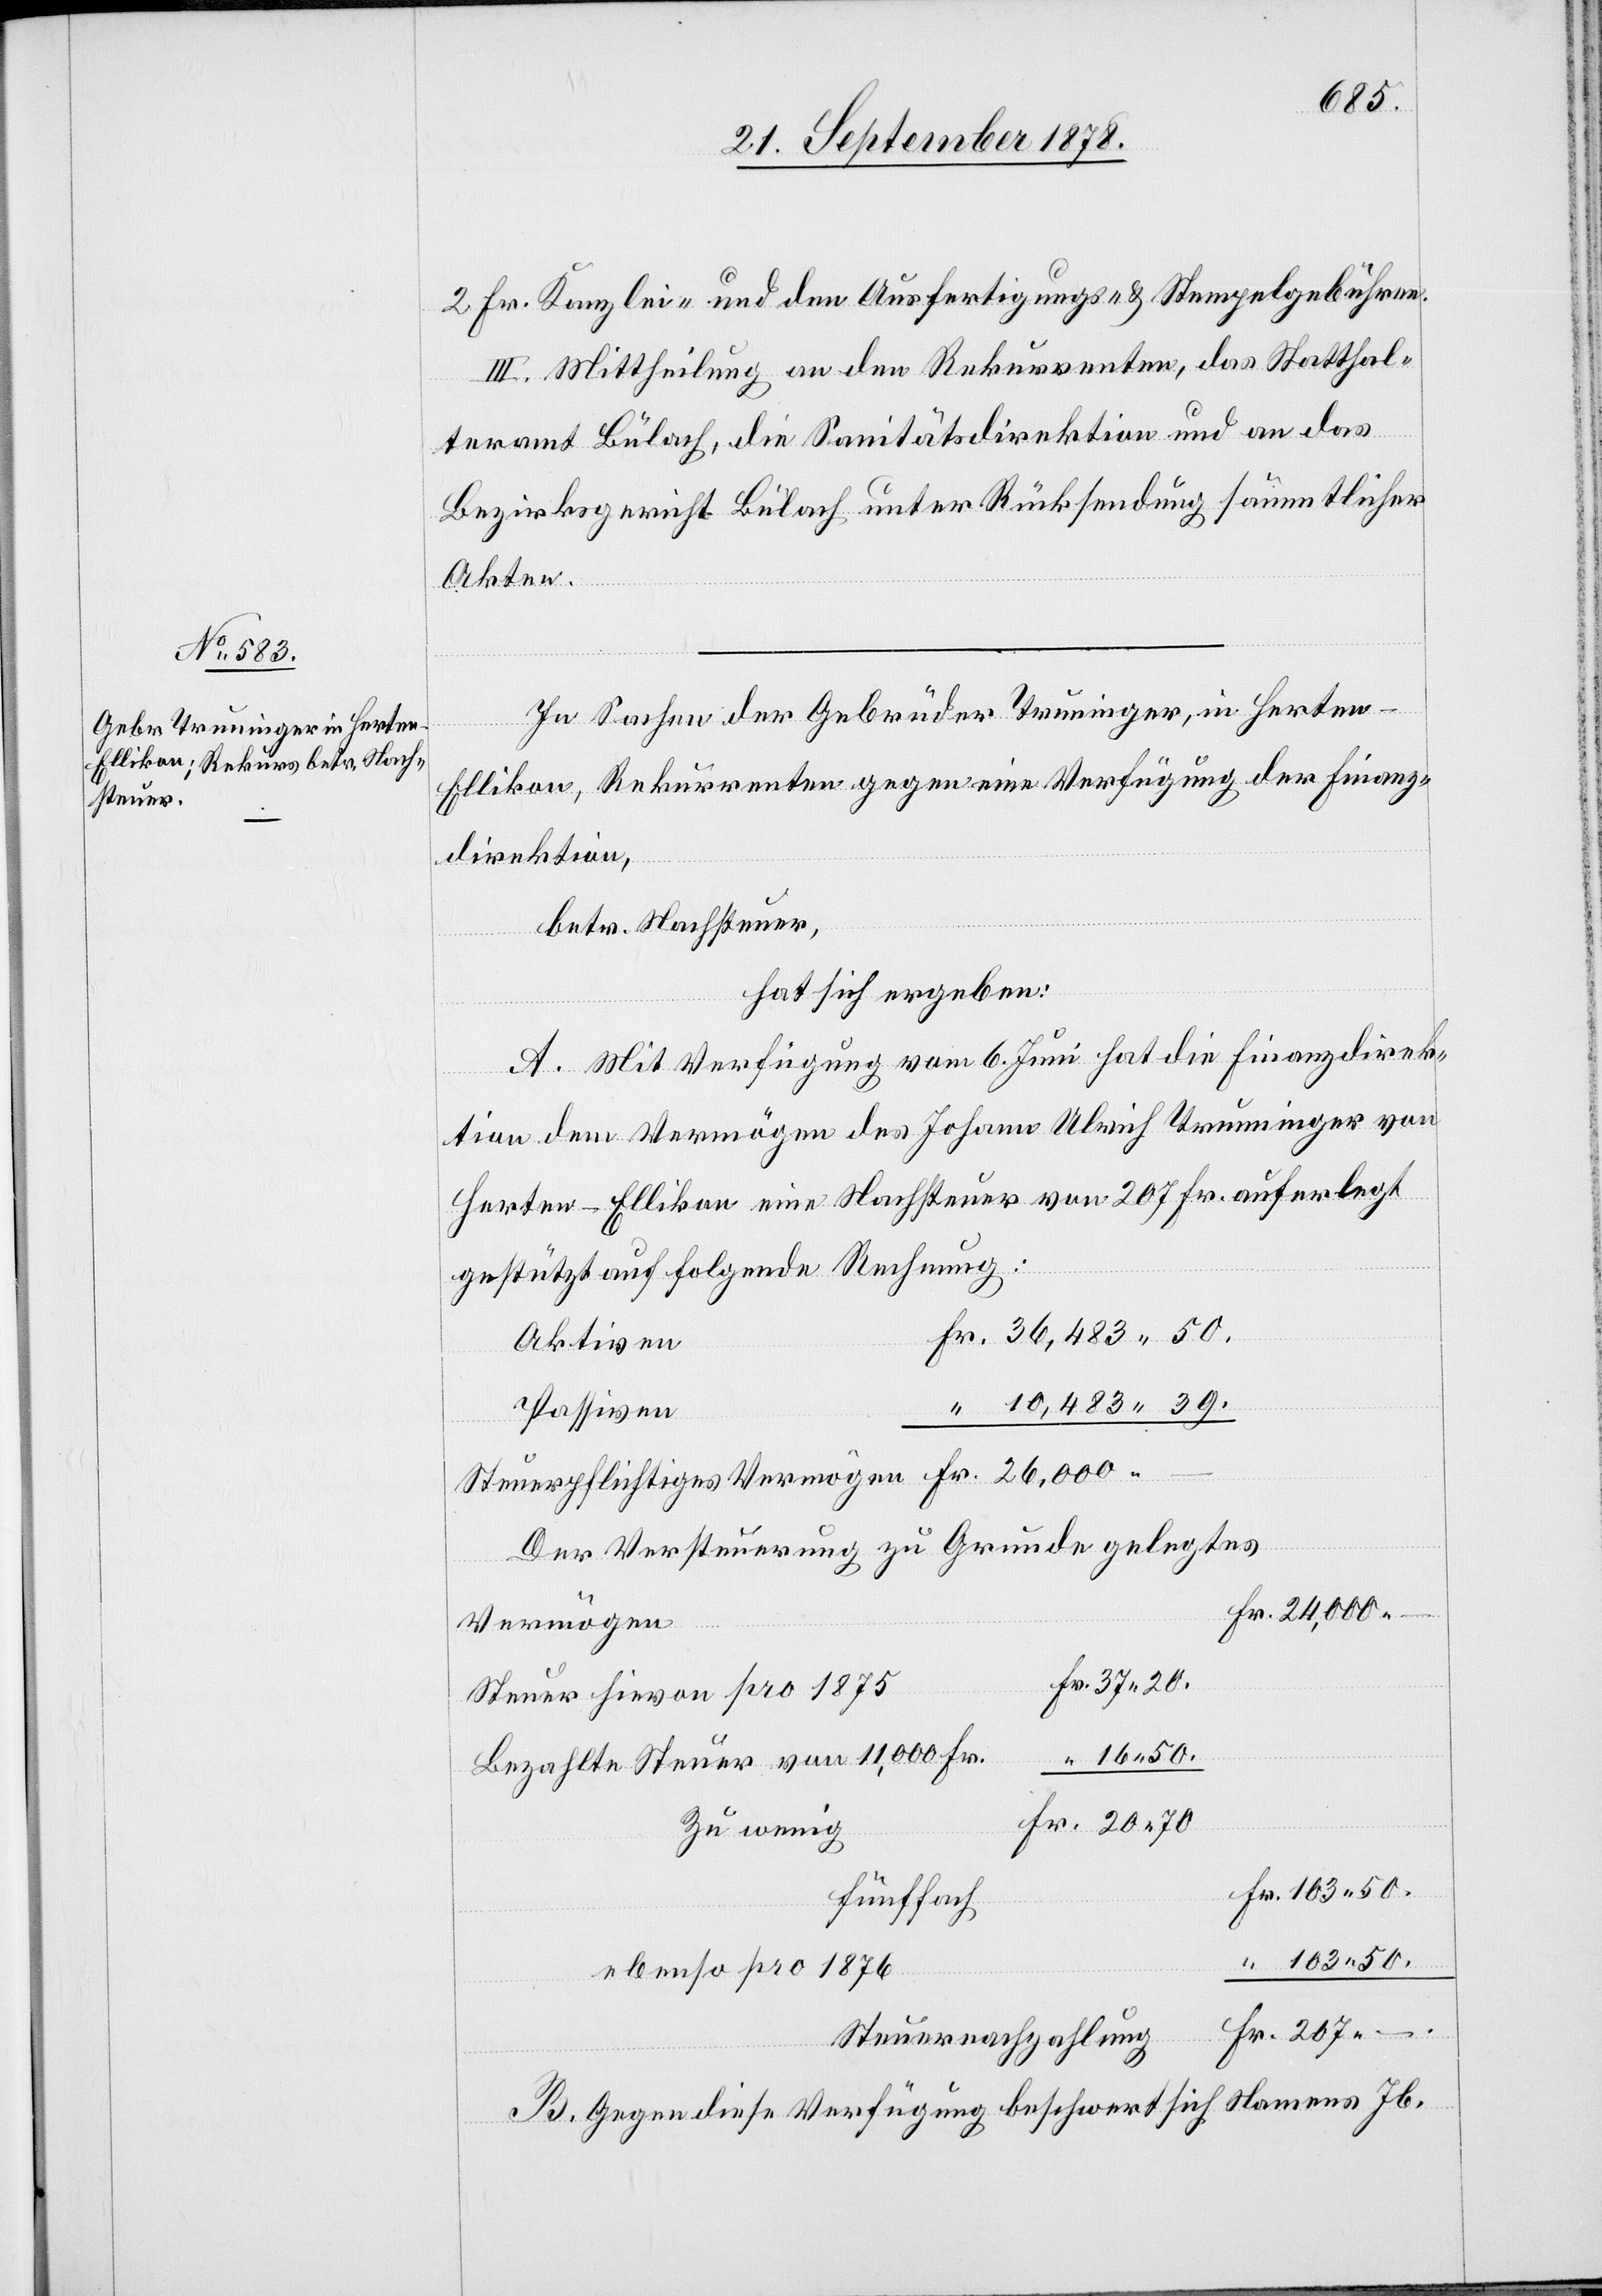
103
2 Fr. Kanzlei- und den Ausfertigungs- und Stempelgebühren.
III. Mittheilung an den Rekurrenten, das Statthal¬
teramt Bülach, die Sanitätsdirektion und an das
Bezirksgericht Bülach unter Rücksendung sämmtlicher
Akten.
In Sachen der Gebrüder Truninger, in Herten
Ellikon, Rekurrenten gegen eine Verfügung der Finanz¬
direktion,
betr. Nachsteuer,
hat sich ergeben:
A. Mit Verfügung vom 6. Juni hat die Finanzdirek¬
tion dem Vermögen des Johann Ulrich Truninger von
Herten - Ellikon eine Nachsteuer von 207 Fr. auferlegt
gestützt auf folgende Rechnung:
Aktiven
Passiven
Der Versteuerung zu Grunde gelegtes
Vermögen
Steuer hievon pro 1875
Bezahlte Steuer von 11,000 Fr.
Zu wenig
fünffach
103 50
ebenso pro 1876
Steuernachzahlung
B. Gegen diese Verfügung beschwert sich Namens Jb.